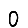
Digit: 0